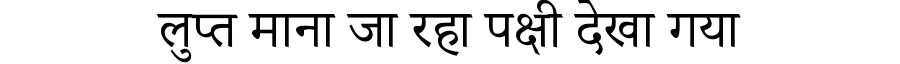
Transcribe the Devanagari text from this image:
लुप्त माना जा रहा पक्षी देखा गया